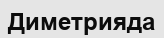
Диметрияда